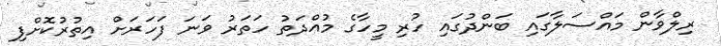
ރިލްވާން މައްސަލާގައި ބަންދުގައި ހުރި މީހާގެ މުއްދަތު ހަތަރު ވަނަ ފަހަރަށް އިތުރުކޮށްފި